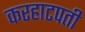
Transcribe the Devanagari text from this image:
करहाटपती